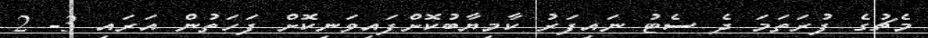
މެޗުގެ ފުރަތަމަ ދެ ސެޓު ނައިފަރު ކާމިޔާބުކޮށްފައިވަނިކޮށް ފަހަތުން އަރައި 3- 2